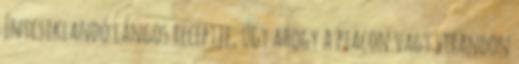
Ínycsiklandó lángos receptje, úgy ahogy a piacon vagy strandon